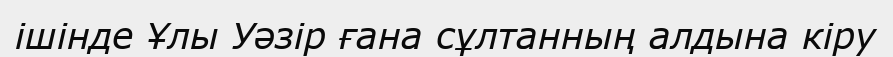
ішінде Ұлы Уәзір ғана сұлтанның алдына кіру